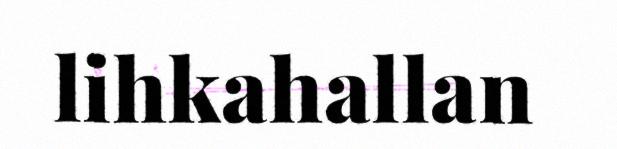
lihkahallan